Vital statistics of India. Vol. IV, Annual returns from 1871 to 1876. British Army of India, Native Army and jails of Bengal
Year: 1871
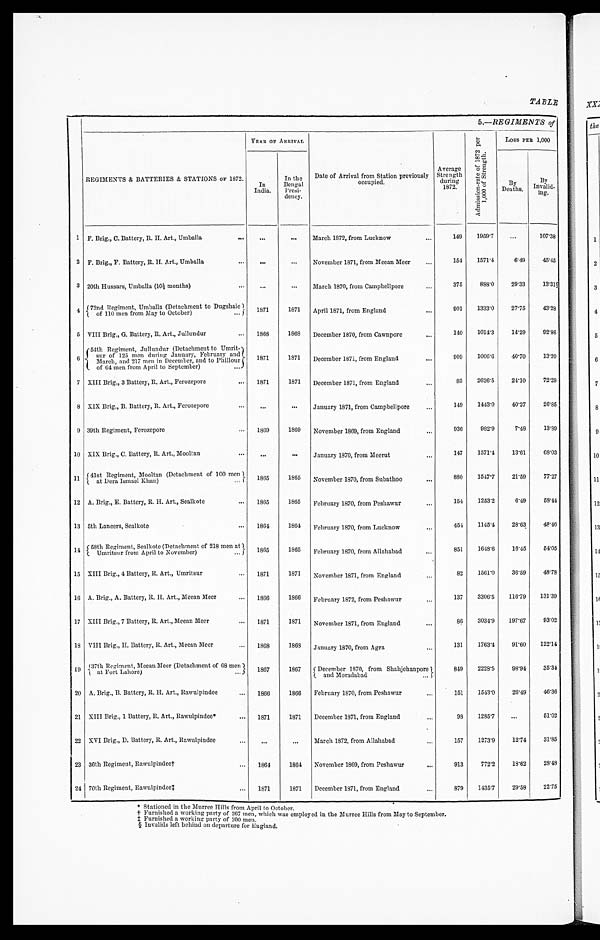
TABLE
5.—REGIMENTS of
REGIMENTS & BATTERIES & STATIONS OF 1872.
YEAR OF ARRIVAL
Date of Arrival from Station previously
occupied.
Average
Strength
during
1872.
A d m i s s i o n - r a t e o f 1 8 7 2 p e r 1 , 0 0 0 o f S t r e n g t h .
LOSS PER 1,000
In
India.
In the
Bengal
Presi
dency.
By
Deaths.
By
Invalid
ing.
1 F. Brig., C. Battery, R. H. Art., Umballa
. . .
...
March 1872, from Lucknow
149
1959.7
...
107.38
2 F. Brig., F. Battery, R. H. Art., Umballa
...
. . . November 1871, from Meean Meer
154
1571.4
6.49
45.45
3 20th Hussars, Umballa (10½ months)
. . .
. . . March 1870, from Campbellpore
375
888.0
29.33
13.31§
4 72nd Regiment, Umballa (Detachment to Dugshaie
of 110 men from May to October)
1871
1871 April 1871, from England
901
1333.0
27.75
43.28
5 VIII Brig., G. Battery, R. Art., Jullundur
1868
1868
December 1870, from Cawnpore
140
1014.3
14.29
92.86
6
54th Regiment,Jullundur (Detachment to Umrit-
s u r o f 1 2 5 m e n d u r i n g J a n u a r y , F e b r u a r y a n d M a r c h , a n d 2 1 7 m e n i n D e c e m b e r , a n d t o P h i l l o u r
of 64 men from April to September)
1871
1871
December 1871, from England
909
1006.6
40.70
13.20
7 XIII Brig., 3 Battery, R. Art., Ferozepore
1871
1871 December 1871, from England
83
2626.5
24.10
72.29
8 XIX Brig., B. Battery, R. Art., Ferozepore
...
. . . January 1871, from Campbellpore
149
1443.0
4 0 . 2 7
26.85
9 39th Regiment, Ferozepore
1869
1869 November 1869, from England
936
982.9
7.48
13.89
10 XIX Brig., C. Battery, R. Art., Mooltan
...
. . . January 1870, from Meerut
147
1571.4
13.61
6 8 . 0 3
11 41st Regiment, Mooltan (D
etachment of 100 men at Dera Ismael Khan)
1865
1865 November 1870, from Subathoo
880
1547.7
21.59
77.27
12 A. Brig., E. Battery, R. H. Art., Sealkote
1865
1865 February 1870, from Peshawur
154
1253.2
6.49
58.44
13 5th Lancers, Sealkote
1864
1864 February 1870, from Lucknow
454
1145.4
28.63
48.46
14 58th Regiment, Sealkote (Detachment of 218 men at Umritsur from April to November)
1865
1865
February 1870, from Allahabad
851
1648.6
16.45
54.05
15 XIII Brig., 4 Battery, R. Art., Umritsur
1871
1871
November 1871, from England
82
1561.0
36.59
48.78
16 A. Brig., A. Battery, R. H. Art., Meean Meer
1866
1866 February 1872, from Peshawur
137
3306.5
116.79
131.39
17 XIII Brig., 7 Battery, R. Art., Meean Meer
1871
1871
November 1871, from England
86
3034.9 197.67
93.02
18 VIII Brig., H. Battery, R. Art., Meean Meer
1868
1868 January 1870, from Agra
131
1763.4
91.60
122.14
1 9 37th Regiment, Meean Meer (Detachment of 68 men
at Fort Lahore)
1867
1867
December 1870, from Shahjehanpore
and Moradabad
849
2228.5
98.94
35.34
20 A. Brig., B. Battery, R. H. Art., Rawulpindee
1866
1866
February 1870, from Peshawur
151
1543.0
26.49
46.36
21 XIII Brig., 1 Battery, R. Art., Rawulpindee*
1871
1871
December 1871, from England
9 8 1285.7
...
51.02
22 XVI Brig., D. Battery, R. Art., Rawulpindee
...
. . . March 1872, from Allahabad
157
1273.9
12.74
31.85
23 36th Regiment, Rawulpindee† 1864
1864 November 1869, from Peshawur
913
772.2
18.62
28.48
24 70th Regiment, Rawulpindee‡ 1871
1871
December 1871, from England
879
1435.7
29.58
22.75
* S t a t i o n e d i n t h e M u r r e e H i l l s f r o m A p r i l t o O c t o b e r .
† Furnished a working party of 267 men, which was employed in the Murree Hills from May to September.
‡ Furnished a working party of 200 men.
§ Invalids left behind on departure for England.